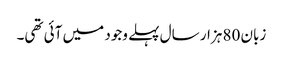
زبان 80 ہزار سال پہلے وجود میں آئی تھی۔